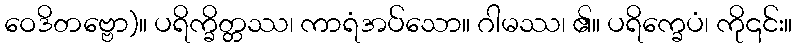
ဝေဒိတဗ္ဗော)။ ပရိက္ခိတ္တဿ၊ ကာရံအပ်သော။ ဂါမဿ၊ ၏။ ပရိက္ခေပံ၊ ကို၎င်း။